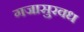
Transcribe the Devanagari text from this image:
गजासुरवध